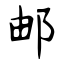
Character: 邮